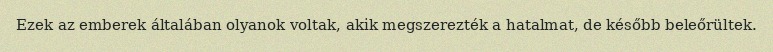
Ezek az emberek általában olyanok voltak, akik megszerezték a hatalmat, de később beleőrültek.